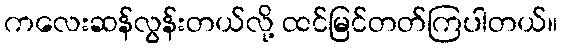
ကလေးဆန်လွန်းတယ်လို့ ထင်မြင်တတ်ကြပါတယ်။